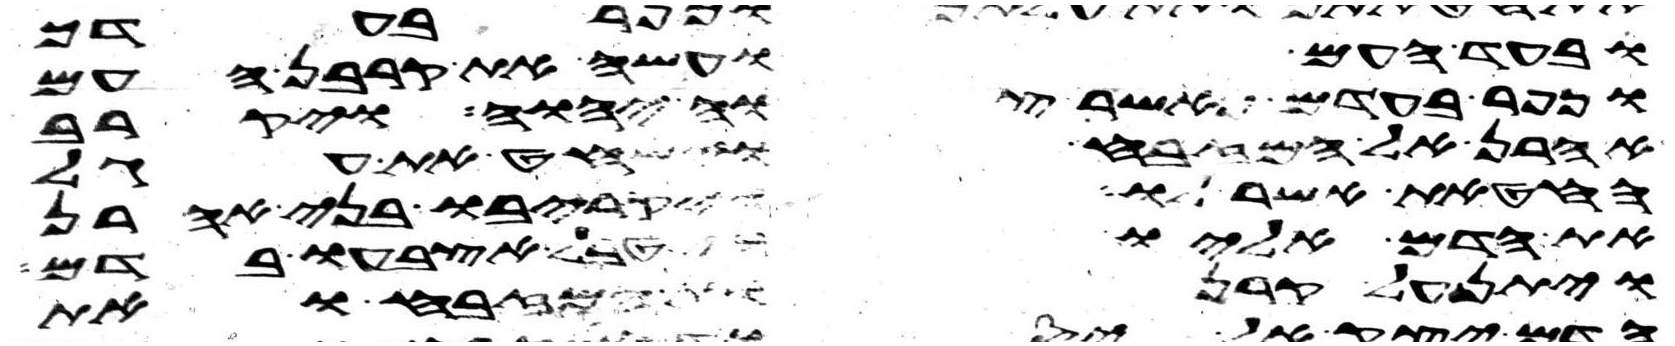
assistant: ובעד העם ועשה את קרבן העם
וכפר בעדם כאשר צוה יהוה ויקרב
אהרן אל המזבח וישחט את עגל
החטאת אשר לו ויקריבו בני אהרן
את הדם אליו ויטבל אצבעו בדם
ויתן על קרנות המזבח ואת